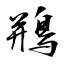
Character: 鵧